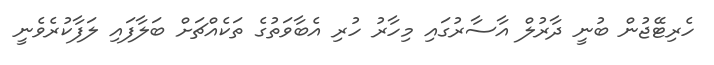
ހެރިޓޭޖުން ބުނީ ދާރުލް އާސާރުގައި މިހާރު ހުރި އެބާވަތުގެ ތަކެއްޗަށް ބަލާފައި ލަފާކުރެވެނީ